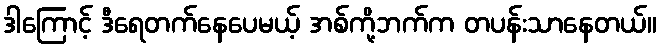
ဒါကြောင့် ဒီရေတက်နေပေမယ့် အစ်ကို့ဘက်က တပန်းသာနေတယ်။